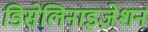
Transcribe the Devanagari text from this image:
डिसेलिनाइज़ेशन